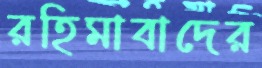
রহিমাবাদের